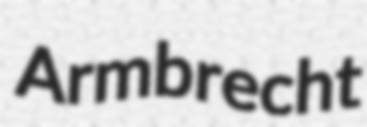
Armbrecht